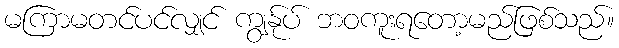
မကြာမတင်ပင်လျှင် ကျွနု်ပ် ဘဝကူးရတော့မည်ဖြစ်သည်။